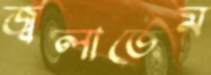
জ্বলাতেম